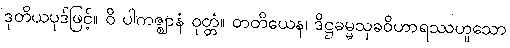
ဒုတိယပုဒ်ဖြင့်။ ဝိ ပါကဇ္ဈာနံ ဝုတ္တံ။ တတိယေန၊ ဒိဋ္ဌဓမ္မသုခဝိဟာရဿဟူသော